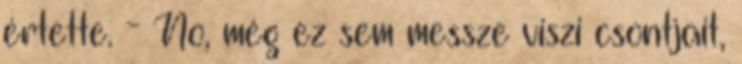
értette. - No, még ez sem messze viszi csontjait,